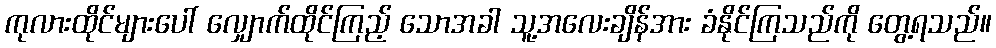
ကုလားထိုင်များပေါ် လျှောက်ထိုင်ကြည့် သောအခါ သူ့အလေးချိန်အား ခံနိုင်ကြသည်ကို တွေ့ရသည်။